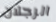
الرجلان